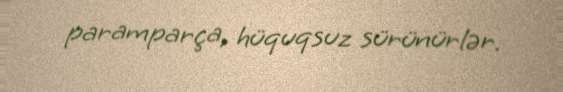
paramparça, hüquqsuz sürünürlər.